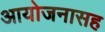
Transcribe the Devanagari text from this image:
आयोजनासह